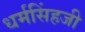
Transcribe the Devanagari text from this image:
धर्मसिंहजी